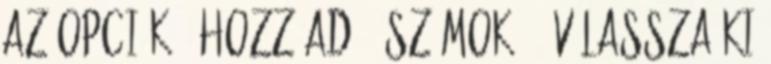
az Opciók → Hozzáad → Számok 6. Válassza ki